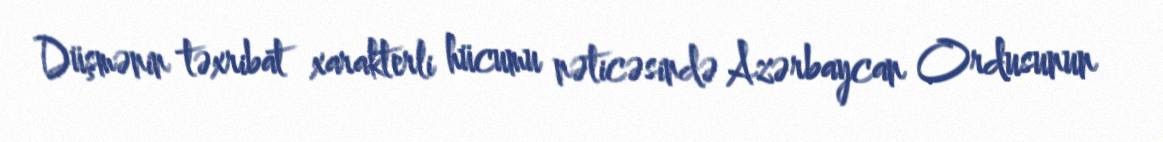
Düşmənin təxribat xarakterli hücumu nəticəsində Azərbaycan Ordusunun